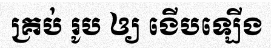
គ្រប់ រូប ឲ្យ ងើបឡើង